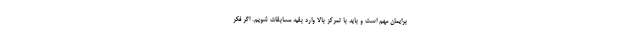
برایمان مهم است و باید با تمرکز بالا وارد بقیه مسابقات شویم. اگر فکر